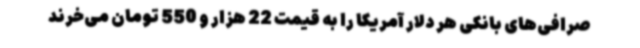
صرافی‌های بانکی هر دلار آمریکا را به قیمت 22 هزار و 550 تومان می‌خرند